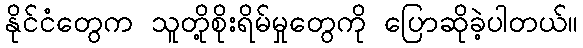
နိုင်ငံတွေက သူတို့စိုးရိမ်မှုတွေကို ပြောဆိုခဲ့ပါတယ်။